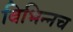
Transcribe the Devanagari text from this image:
विभिन्नच